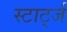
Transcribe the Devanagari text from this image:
स्टार्ट्ज